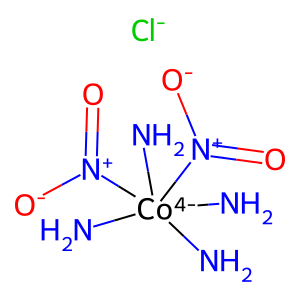
SMILES: N[Co-4](N)(N)(N)([N+](=O)[O-])[N+](=O)[O-].[Cl-]
Inhibits HIV replication: No